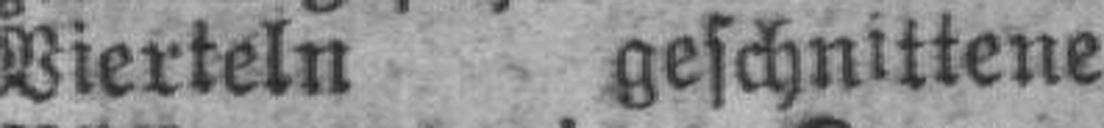
Vierteln geschnittene